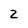
Character: z